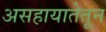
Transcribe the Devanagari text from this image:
असहायातेतून